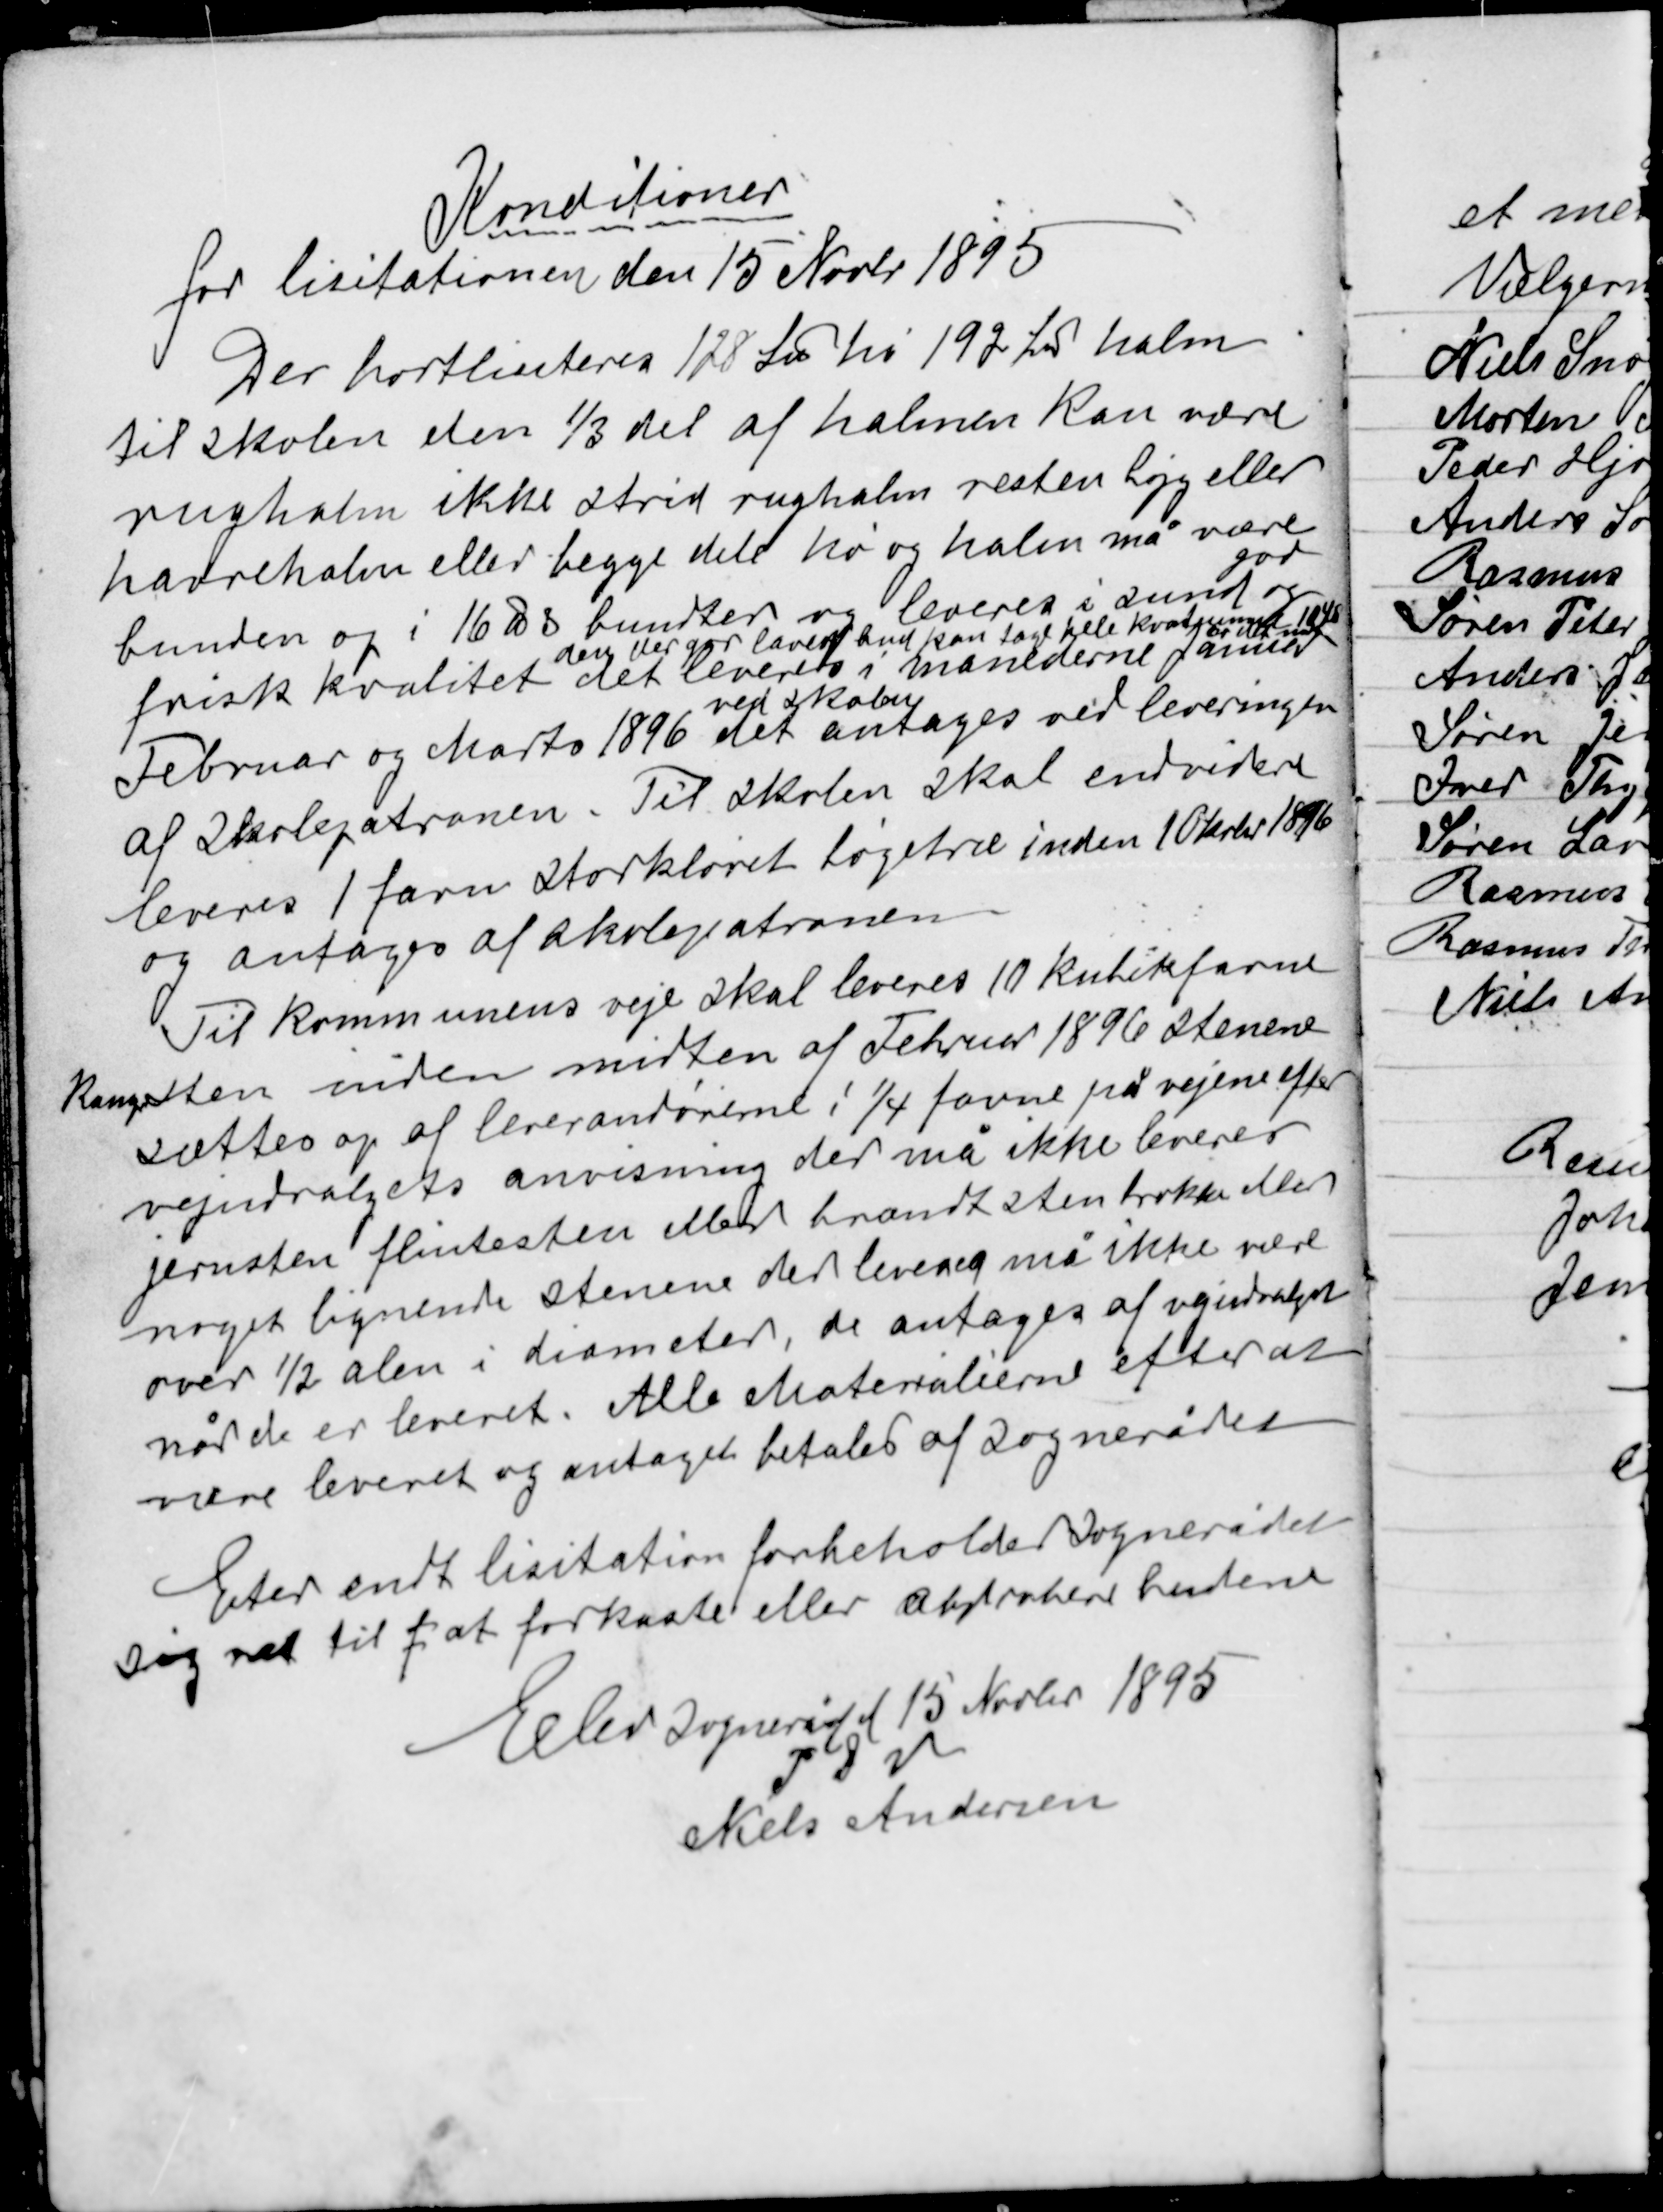
Transskription:
Konditioner
for licitationen den 15 Novbr 1895

Der bortliciteres 128 ℔ hø 192 ℔ halm
til skolen den 1/3 del af halmen kan være
rughalm ikke strid rughalm resten byg eller
havrehalm eller begge dele hø og halm må være
god
bunden op i 16 ℔ s bundter og leveres i sund og
den der gør lavest bud kan tage hele kvantummet 10 ℔
er det laveste
frisk kvalitet det leveres i månederne Januar
ved skolen
Februar og Marts 1896 det antages ved leveringen
af Skolepatronen. Til skolen skal endvidere
leveres 1 favn storkløvet bøgetræ inden 19 Okbr 1896
og antages af skolepatronen

Til kommunens veje skal leveres 10 kubikfavne
kangsten inden midten af Februar 1896 stenene
sættes op af leverandørerne i 1/4 favne på vejene efter
vejudvalgets anvisning der må ikke leveres
jernsten flintesten eller brændt sten brokker eller
noget lignende stenene der leveres må ikke være
over ½ alen i diameter, de antages af vejudvalget
når de er leveret. Alle Materialierne efter at
være leveret og antaget betales af sognerådet

Efter endt licitation forbeholder sognerådet
sig ret til f at forkaste eller abprobere budene

Elev Sogneråd 15 Novbr 1895
P S V
Niels Andersen